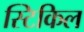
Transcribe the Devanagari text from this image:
स्टिकिल